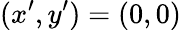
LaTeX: (x^{\prime},y^{\prime})=(0,0)